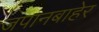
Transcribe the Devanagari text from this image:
जपानबाहेर